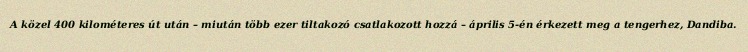
A közel 400 kilométeres út után – miután több ezer tiltakozó csatlakozott hozzá – április 5-én érkezett meg a tengerhez, Dandiba.